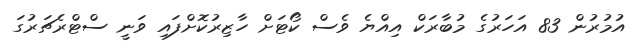
އުމުރުން 83 އަހަރުގެ މުބާރަކް އިއްޔެ ވެސް ކޯޓަށް ހާޒިރުކޮށްފައި ވަނީ ސްޓްރެޗަރުގަ